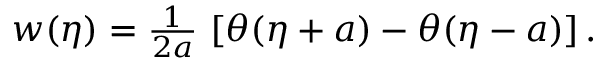
\begin{array} { r } { w ( \eta ) = \frac { 1 } { 2 a } \, \left[ \theta ( \eta + a ) - \theta ( \eta - a ) \right] . } \end{array}